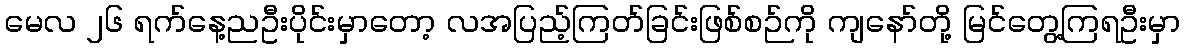
မေလ ၂၆ ရက်နေ့ညဦးပိုင်းမှာတော့ လအပြည့်ကြတ်ခြင်းဖြစ်စဉ်ကို ကျနော်တို့ မြင်တွေ့ကြရဦးမှာ